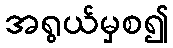
အရွယ်မှစ၍